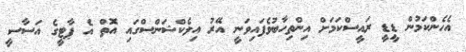
އެހެންކަމުން ޑީޑީ ރައީސްކަމަށް އިންތިހާބުވެފައިވަނީ އޭރު އިލެކްޝަންސްގައި އޮތް އެ ޕާޓީގެ އަސާސީ